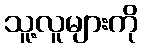
သူ့လူများကို